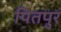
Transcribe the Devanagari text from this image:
पितपुर